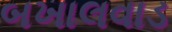
બખાલવાડ